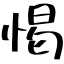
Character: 愒